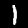
Label: 1